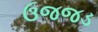
ઉજજડ